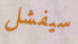
سيفشل